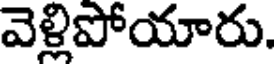
వెళ్లిపోయారు.